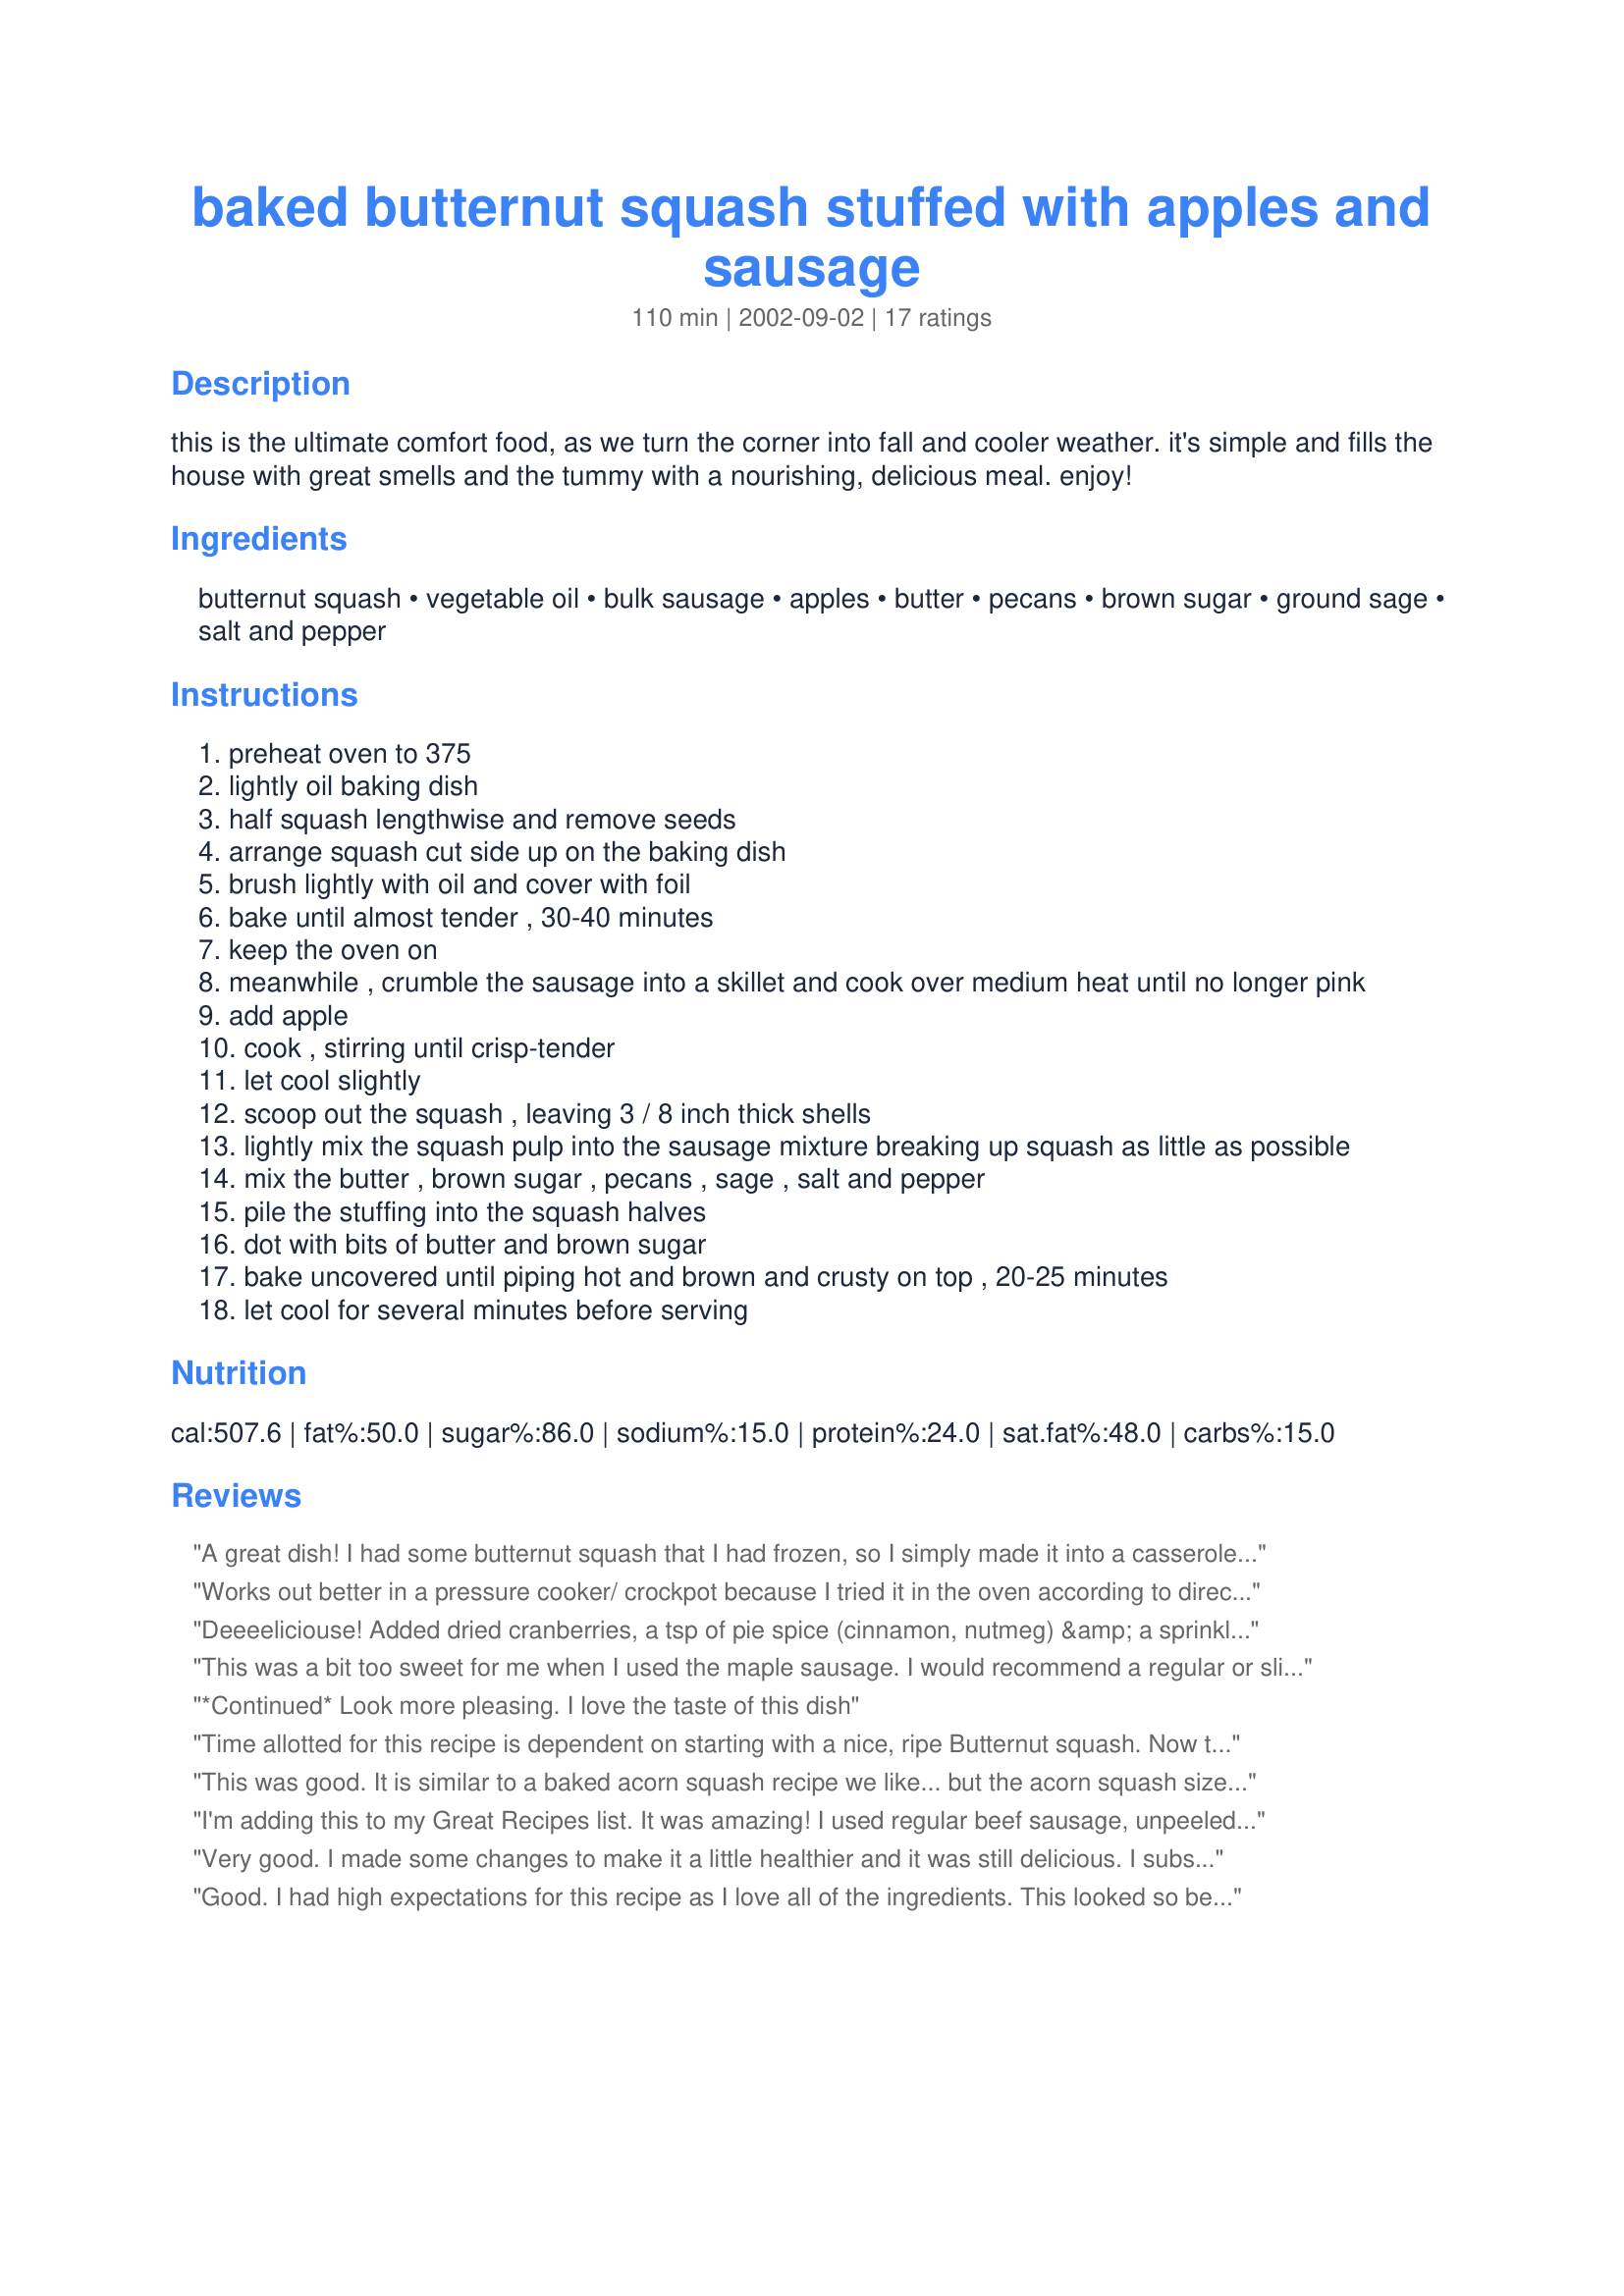
baked butternut squash stuffed with apples and sausage
Preparation time: 110 minutes

this is the ultimate comfort food, as we turn the corner into fall and cooler weather. it's simple and fills the house with great smells and the tummy with a nourishing, delicious meal. enjoy!

Ingredients:
butternut squash, vegetable oil, bulk sausage, apples, butter, pecans, brown sugar, ground sage, salt and pepper

Steps:
preheat oven to 375
lightly oil baking dish
half squash lengthwise and remove seeds
arrange squash cut side up on the baking dish
brush lightly with oil and cover with foil
bake until almost tender , 30-40 minutes
keep the oven on
meanwhile , crumble the sausage into a skillet and cook over medium heat until no longer pink
add apple
cook , stirring until crisp-tender
let cool slightly
scoop out the squash , leaving 3 / 8 inch thick shells
lightly mix the squash pulp into the sausage mixture breaking up squash as little as possible
mix the butter , brown sugar , pecans , sage , salt and pepper
pile the stuffing into the squash halves
dot with bits of butter and brown sugar
bake uncovered until piping hot and brown and crusty on top , 20-25 minutes
let cool for several minutes before serving

Reviews:
A great dish! I had some butternut squash that I had frozen, so I simply made it into a casserole. I followed the directions with the exception of the squash shell. I used Sweet Italian and regular apples,(because they were all I had) but next time I will use regualar sausage, and granny smith apples. I think that would be better. We loved it, and doing it my way, its a great main dish, or a side dish. I used splenda brown sugar, and light margarine.My kids came over for our friday nite game nite, and they didn't care too much for it, but who cares??? They don't live here anymore...ha! My dil loved it tho.
Works out better in a pressure cooker/ crockpot because I tried it in the oven according to directions and it took almost 2 hours!
Deeeeliciouse!
Added dried cranberries, a tsp of pie spice (cinnamon, nutmeg) &amp; a sprinkle of powdered curry for a little extra kick (I was out of Sage). Thanks! :)
This was a bit too sweet for me when I used the maple sausage. I would recommend a regular or slightly spicy breakfast sausage (I tried it again and used spicy). Also, it was more tedious than I had first expected. The second time the outcome was much better, and it smells good while cooking.
*Continued* Look more pleasing. I love the taste of this dish
Time allotted for this recipe is dependent on starting with a nice, ripe Butternut squash. Now two hours into this, still trying to cook my relatively unripe butternut to the point that it is scoopable to add to the other ingredients to complete this dish. Otherwise, the recipe, ingredients, etc. all look great to this point!
This was good. It is similar to a baked acorn squash recipe we like... but the acorn squash size/serving is a better size for a single serving and is easier to serve, I think.
I'm adding this to my Great Recipes list. It was amazing! I used regular beef sausage, unpeeled apples and omitted the pecans (only because I didn't have any in the house). I dotted the tops with the mix of brown sugar, butter, sage, and salt and pepper, which did away with the second round of butter and brown sugar. The other great thing about this recipe is that I prepared the whole thing in the morning and it kept in the fridge till suppertime when all I had to do was pop it in the oven. A BIG thank you, chef Jan Marie!
Very good. I made some changes to make it a little healthier and it was still delicious. I substituted the bulk sausage for healthy choice smoked turkey sausage and I used the splenda brown sugar. I also opted to not use any oil. I just sprayed my pan with cooking spray and also sprayed the top of my squash. (approx 6 Weight Watcher points per serving.)
Good. I had high expectations for this recipe as I love all of the ingredients. This looked so beautiful when completed, but I found the flavors to be not as balanced as I had anticipated. I think I would first mash the pulp with butter (and use a bit more) and cream or milk, then add the herbs & seasonings and even some additional flavors such as raisins, cinnamon etc - to give it a bit more flavor. I was also wishing there were quite a bit more sausage in the recipe - next time I will use more.
This was such a delicious supper! I made exactly as directed, except I used original sausage -- wish I would have done the maple like suggested, that would have been a great flavor addition to this. I was just cooking for myself, so I halved the recipe to make 1 squash (2 halves). I ate the one half and then scrapped the other one into a bowl to eat for lunch tomorrow. Can't wait! Thanks for posting such a yummy recipe!
This was my first time cooking butternut squash and this was a great recipe to start with! I used spicy Italian sausage with was a nice match with the sweet flavours of the apples and sugar. I think this could be a great make ahead recipe for my next dinner party. Thank you for posting! :)
This was a lovely recipe, I used a spicy italian sausage, which I thought balanced nicely with the brown sugar, kind of sweet and spicy. Thanks for a lovely recipe Jan Marie!
Tried this last night. It was great! I did use sweet Italian Sausage instead of breakfast sausage. Think I might cut the apple into smaller pieces next time. Thank you for this recipe.
This was so great! Thanks for posting.
Yum! This was a new flavor experience for my hubby and I and we really enjoyed it. I used acorn squash and walnuts instead of butternut and pecans just because that&#039;s what I had and I doubled the amount of sausage to make it heartier. My 2 year old liked it too! Will make again. Thanks!
meh, not bad, but not overwhelmingly great - i'm sure that user error proved to be some of my downfall, though! one thing i did notice is that the amount of cooking time for the squash is far greater than the recipe indicates. i actually ended up sticking the halves into the microwave after the 40 min time came and went. i'd suggest either increasing the amount of time or turning the oven up!
